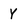
Character: Y